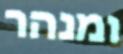
ומנהר